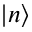
| n \rangle